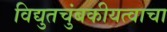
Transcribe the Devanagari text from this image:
विद्युतचुंबकीयत्वाचा